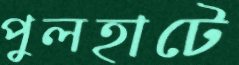
পুলহাটে